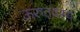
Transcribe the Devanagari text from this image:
ऊरुतदस्य